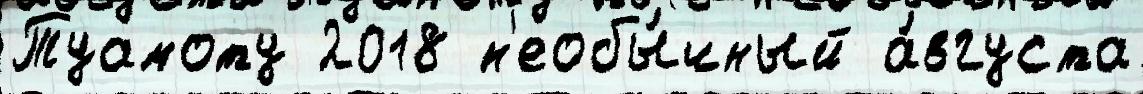
Туамоту 2018 н'еобы́чный а́вгуста